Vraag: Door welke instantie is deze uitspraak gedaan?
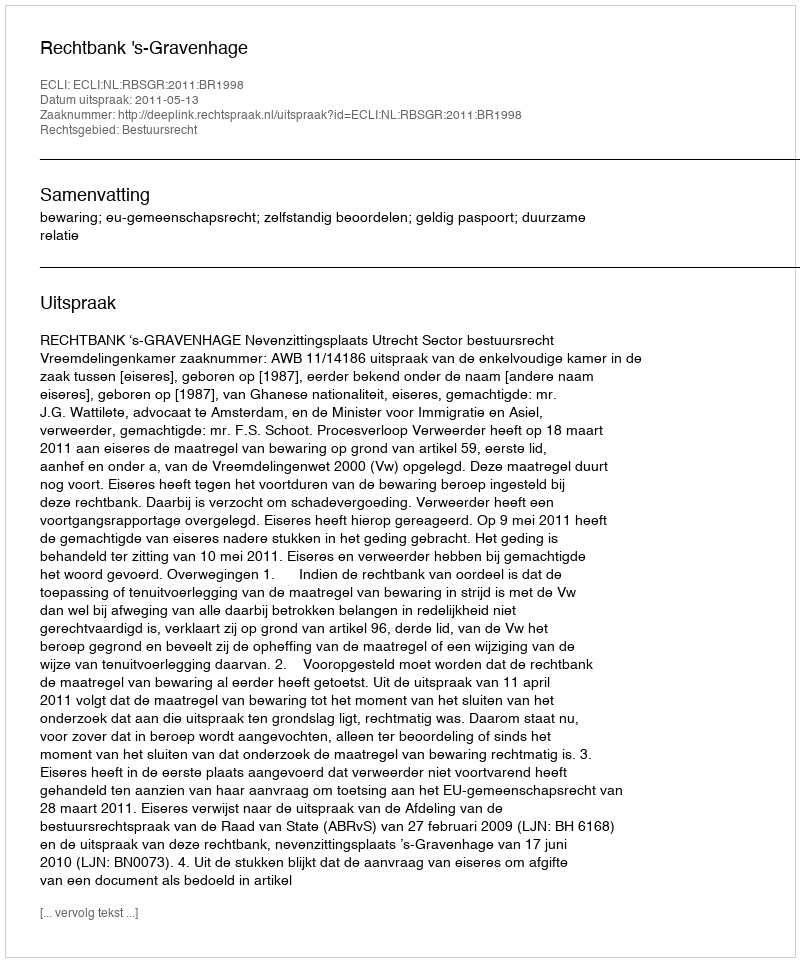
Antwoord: Rechtbank 's-Gravenhage